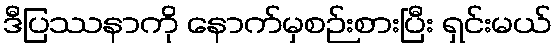
ဒီပြဿနာကို နောက်မှစဉ်းစားပြီး ရှင်းမယ်